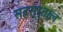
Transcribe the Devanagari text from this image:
सहस्र्ताल